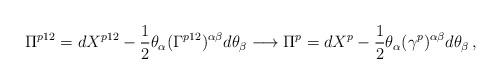
LaTeX: \begin{align*}\Pi^{p12}=dX^{p12}-\frac{1}{2}\theta_{\alpha}(\Gamma^{p12})^{\alpha\beta}d\theta_{\beta}\longrightarrow\Pi^{p}=dX^{p}-\frac{1}{2}\theta_{\alpha}(\gamma^{p})^{\alpha\beta}d\theta_{\beta}\,,\end{align*}